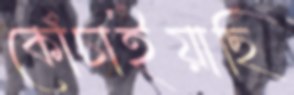
কোঁচাইয়াছি